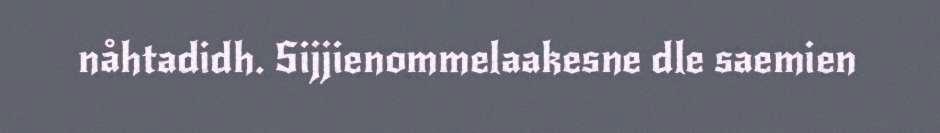
nåhtadidh. Sijjienommelaakesne dle saemien